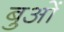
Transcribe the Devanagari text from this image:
बुओं